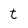
Character: t